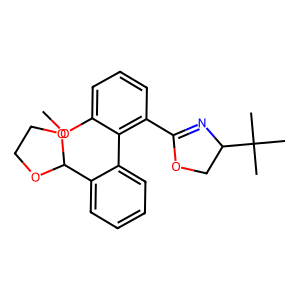
SMILES: COc1cccc(C2=NC(C(C)(C)C)CO2)c1-c1ccccc1C1OCCO1
Inhibits HIV replication: No